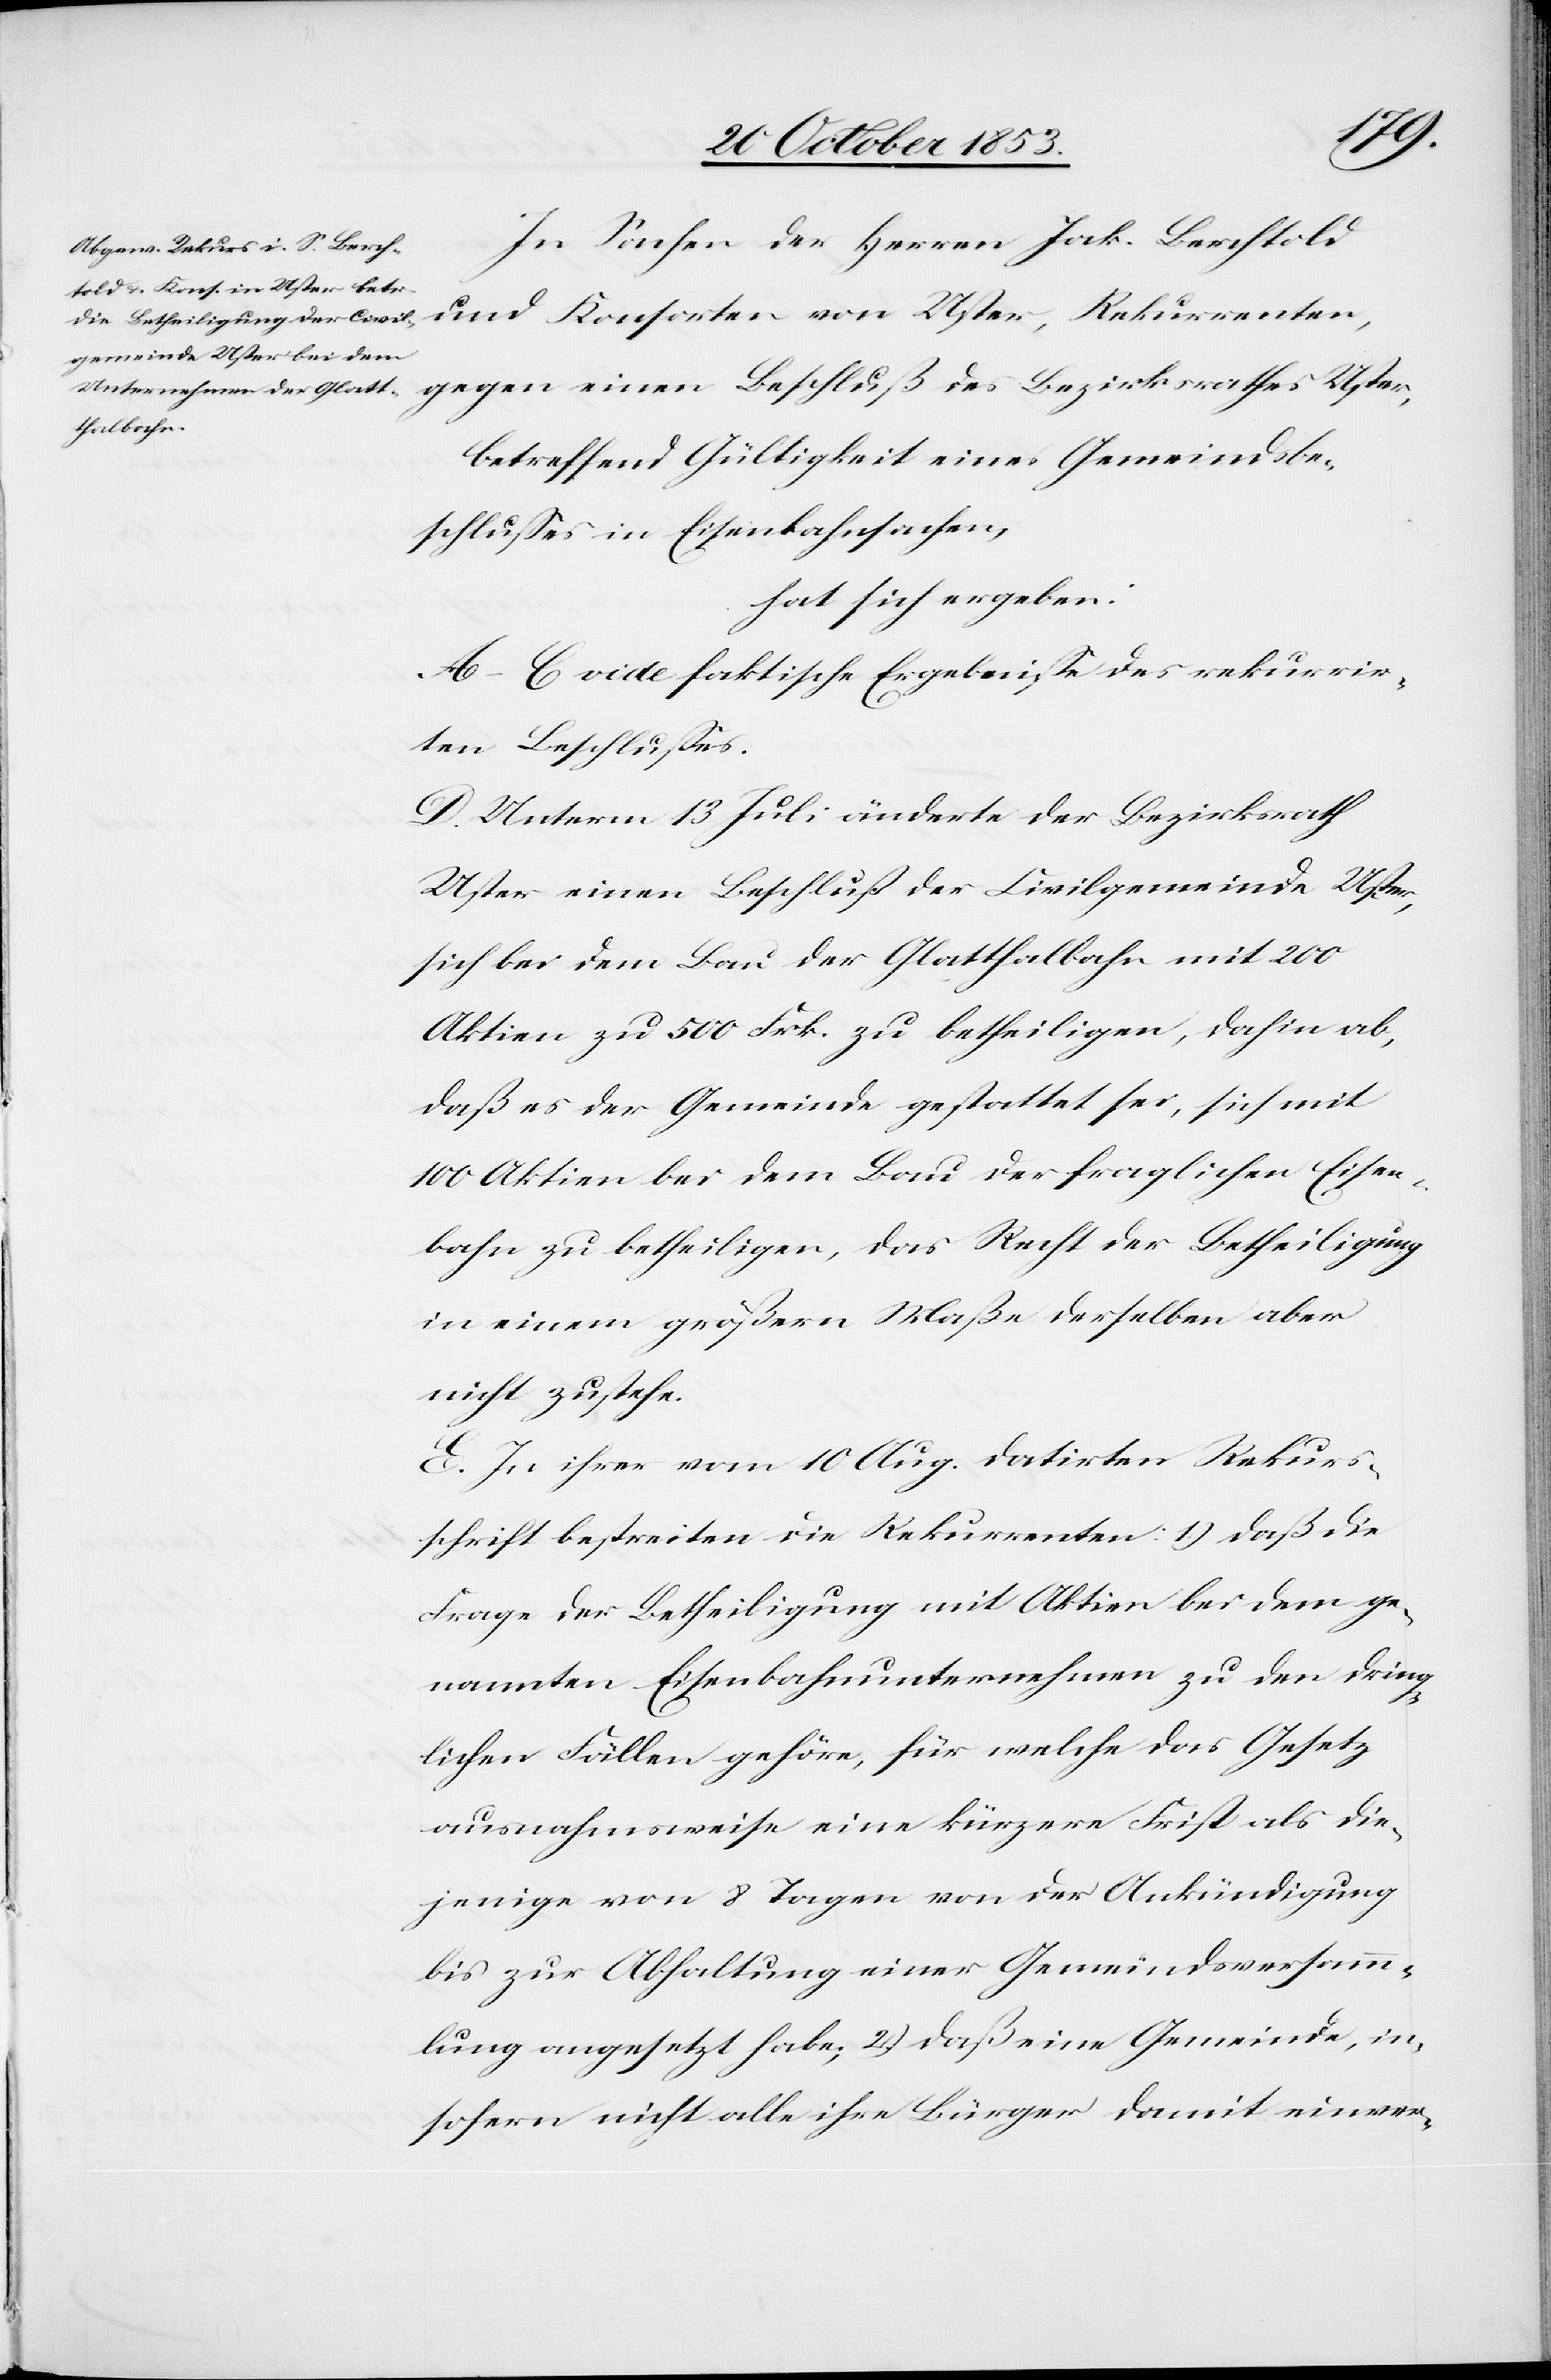
In Sachen der Herrn Jak. Berchtold
und Konsorten von Uster, Rekurrenten,
gegen einen Beschluß des Bezirksrathes Uster,
betreffend Gültigkeit eines Gemeindsbe¬
schlußes in Eisenbahnsachen,
hat sich ergeben:
A–C vide faktische Ergebniße des rekurrir¬
ten Beschlußes.
D. Unterm 13 Juli änderte der Bezirksrath
Uster einen Beschluß der Civilgemeinde Uster,
sich bei dem Bau der Glatthalbahn mit 200
Aktien zu 500 Frk. zu betheiligen, dahin ab,
daß es der Gemeinde gestattet sei, sich mit
100 Aktien bei dem Bau der fraglichen Eisen¬
bahn zu betheiligen, das Recht der Betheiligung
in einem größern Maße derselben aber
nicht zustehe.
E. In ihrer vom 10 Aug. datirten Rekurs¬
schrift bestreiten die Rekurrenten: 1) daß die
Frage der Betheiligung mit Aktiven bei dem be¬
nannten Eisenbahnunternehmen zu den dring¬
lichen Fällen gehöre, für welche das Gesetz
ausnahmsweise eine kürzere Frist als die¬
jenige von 8 Tagen von der Ankündigung
bis zur Abhaltung einer Gemeindsversamm¬
lung angesetzt habe, 2) daß eine Gemeinde, in¬
sofern nicht alle ihre Bürger damit einver-